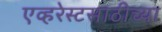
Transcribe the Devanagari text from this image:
एव्हरेस्टसाठीच्या